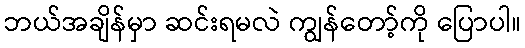
ဘယ်အချိန်မှာ ဆင်းရမလဲ ကျွန်တော့်ကို ပြောပါ။